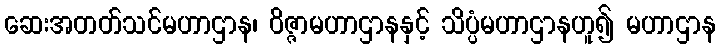
ဆေးအတတ်သင်မဟာဌာန၊ ဝိဇ္ဇာမဟာဌာနနှင့် သိပ္ပံမဟာဌာနဟူ၍ မဟာဌာန